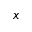
x